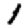
Digit: 1